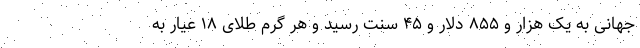
جهانی به یک هزار و ۸۵۵ دلار و ۴۵ سنت رسید و هر گرم طلای ۱۸ عیار به